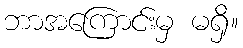
ဘာအကြောင်းမှ မရှိ။